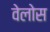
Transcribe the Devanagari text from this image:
वेलोस